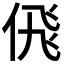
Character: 𬾘